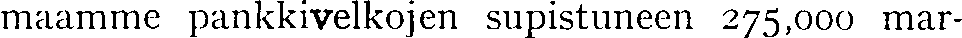
maamme pankkivelkojen supistuneen 275,000 mar-